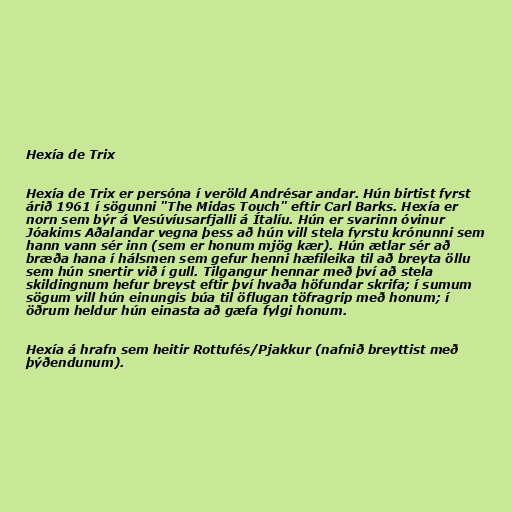
Hexía de Trix

Hexía de Trix er persóna í veröld Andrésar andar. Hún birtist fyrst
árið 1961 í sögunni "The Midas Touch" eftir Carl Barks. Hexía er
norn sem býr á Vesúvíusarfjalli á Ítalíu. Hún er svarinn óvinur
Jóakims Aðalandar vegna þess að hún vill stela fyrstu krónunni sem
hann vann sér inn (sem er honum mjög kær). Hún ætlar sér að
bræða hana í hálsmen sem gefur henni hæfileika til að breyta öllu
sem hún snertir við í gull. Tilgangur hennar með því að stela
skildingnum hefur breyst eftir því hvaða höfundar skrifa; í sumum
sögum vill hún einungis búa til öflugan töfragrip með honum; í
öðrum heldur hún einasta að gæfa fylgi honum.

Hexía á hrafn sem heitir Rottufés/Pjakkur (nafnið breyttist með
þýðendunum).